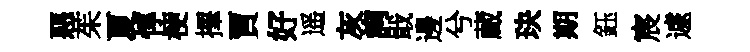
惡茱夏惇梗擇賈好遥灰詢戢邊兮蔵玦期鈺宸遽